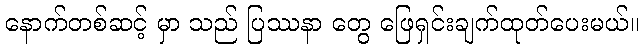
နောက်တစ်ဆင့် မှာ သည် ပြဿနာ တွေ ဖြေရှင်းချက်ထုတ်ပေးမယ်။